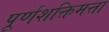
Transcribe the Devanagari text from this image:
पूर्णशक्तिमत्ता